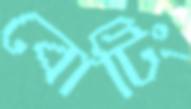
বোটিং